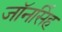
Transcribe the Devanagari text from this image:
जॉनसिंह